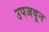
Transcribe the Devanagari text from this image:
उपजवून